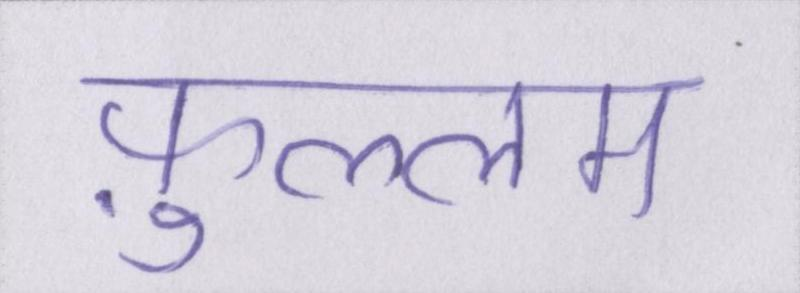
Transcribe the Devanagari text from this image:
फ़ुल्लम